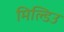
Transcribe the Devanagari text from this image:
मिल्डिउ